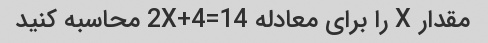
مقدار X را برای معادله 2X+4=14 محاسبه کنید